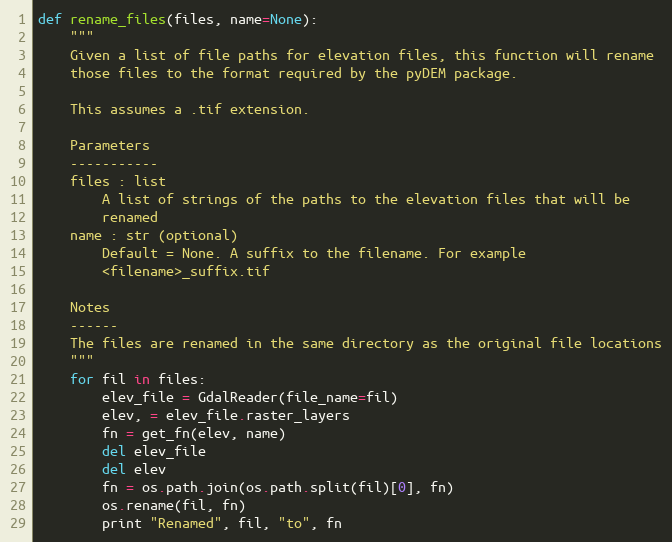
Language: Python
def rename_files(files, name=None):
    """
    Given a list of file paths for elevation files, this function will rename
    those files to the format required by the pyDEM package.

    This assumes a .tif extension.

    Parameters
    -----------
    files : list
        A list of strings of the paths to the elevation files that will be
        renamed
    name : str (optional)
        Default = None. A suffix to the filename. For example
        <filename>_suffix.tif

    Notes
    ------
    The files are renamed in the same directory as the original file locations
    """
    for fil in files:
        elev_file = GdalReader(file_name=fil)
        elev, = elev_file.raster_layers
        fn = get_fn(elev, name)
        del elev_file
        del elev
        fn = os.path.join(os.path.split(fil)[0], fn)
        os.rename(fil, fn)
        print "Renamed", fil, "to", fn